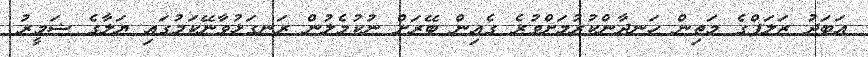
އަބަދު ޒަލަފްގެ މަތިން ހަނދާންކުރުމަށްވުރެ ގެއިން ބޭރަށް ނުކުމެލުން ރަނގަޅުވާނޭކަމުގައި ޔަލާގެ ޟަމީރު